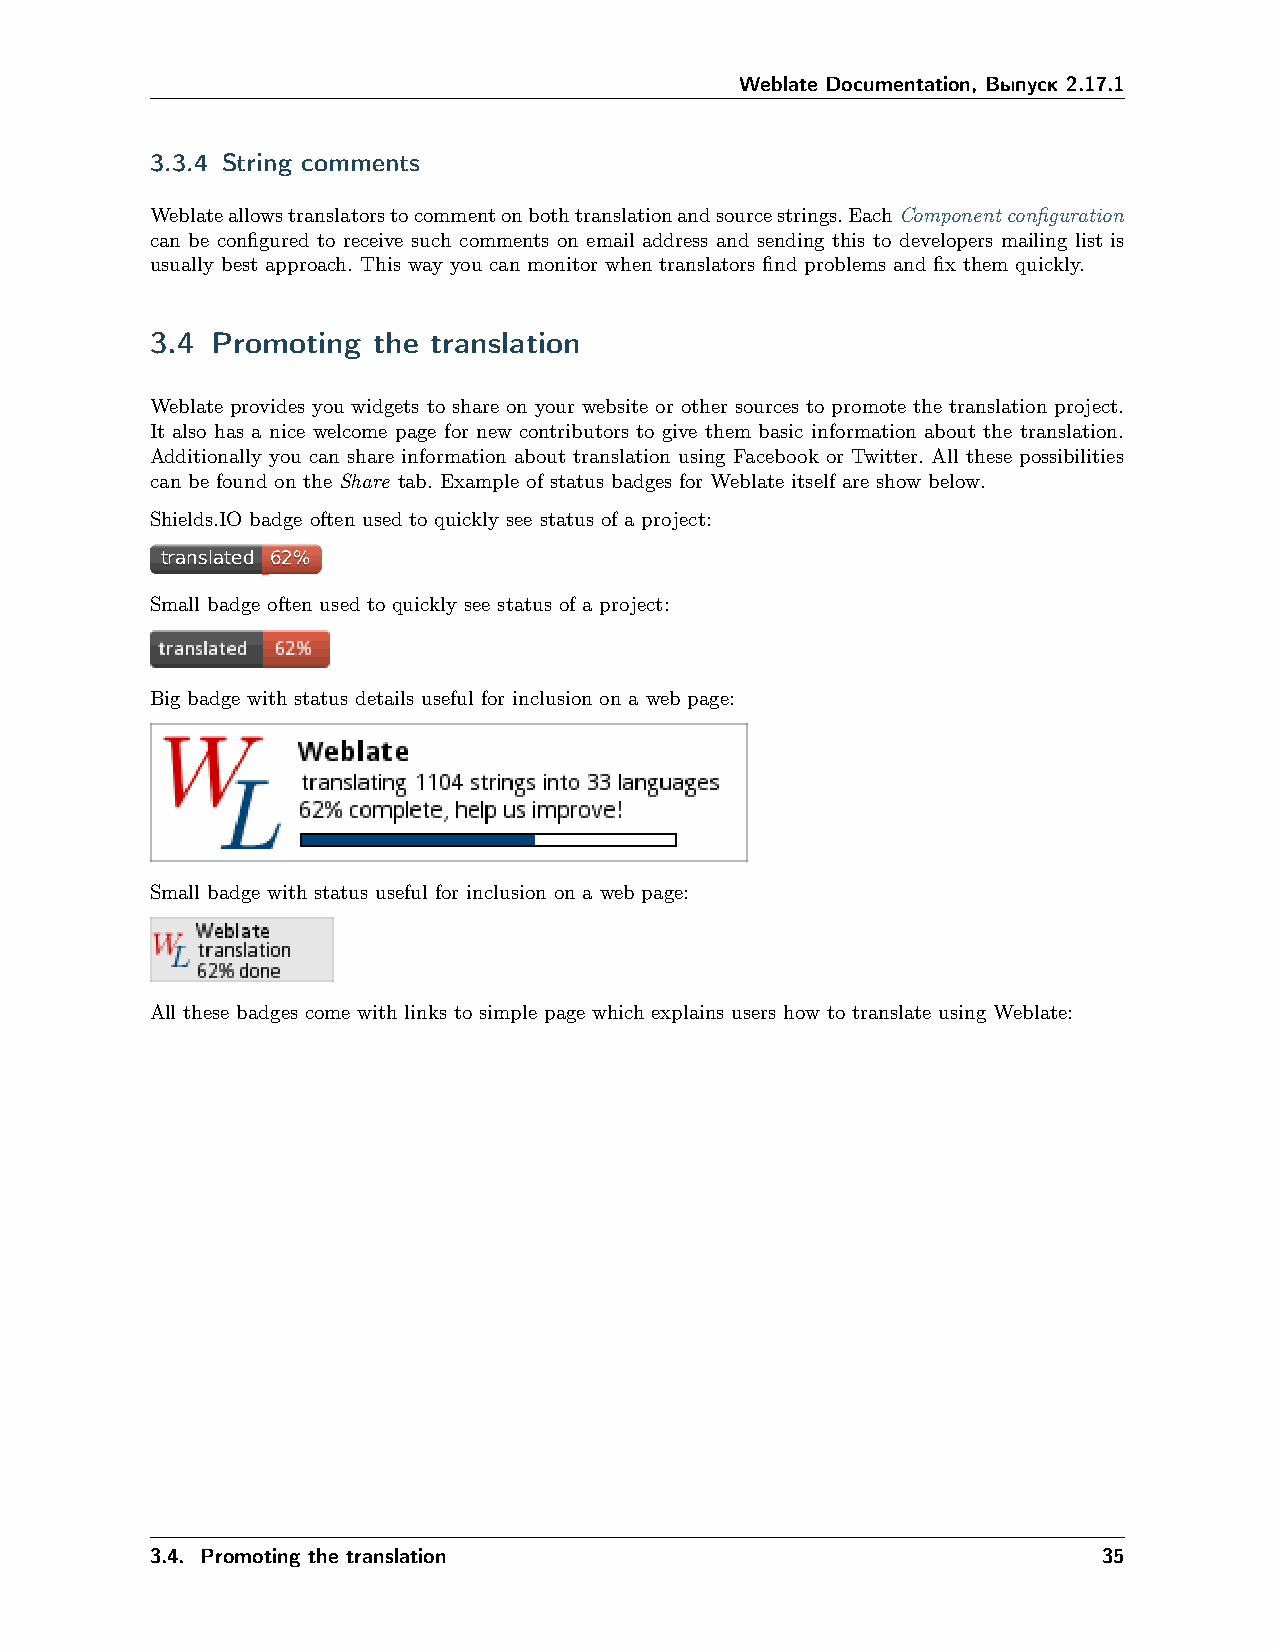
Weblate Documentation, Выпуск 2.17.1
 3.3.4 String comments
 Weblateallowstranslatorstocommentonbothtranslationandsourcestrings.EachComponentconfiguration
 can be configured to receive such comments on email address and sending this to developers mailing list is
 usually best approach. This way you can monitor when translators find problems and fix them quickly.
 3.4 Promoting  the translation
 Weblate provides you widgets to share on your website or other sources to promote the translation project.
 It also has a nice welcome page for new contributors to give them basic information about the translation.
 Additionally you can share information about translation using Facebook or Twitter. All these possibilities
 can be found on the Share tab. Example of status badges for Weblate itself are show below.
 Shields.IO badge often used to quickly see status of a project:
 ttrraannssllaatteedd 6622%%
 Small badge often used to quickly see status of a project:
 Big badge with status details useful for inclusion on a web page:
 Small badge with status useful for inclusion on a web page:
 All these badges come with links to simple page which explains users how to translate using Weblate:
 3.4. Promoting the translation                                 35